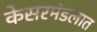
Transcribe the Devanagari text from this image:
केसरमंडलात